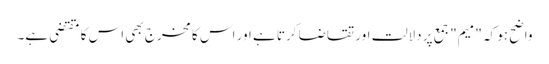
واضح ہو کہ "میم" جمع پر دلالت اور تقاضا کرتا ہے اور اس کا مخرج بھی اس کا مقتضی ہے۔